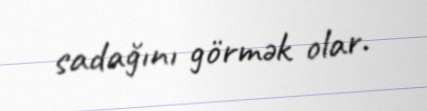
sadağını görmək olar.